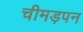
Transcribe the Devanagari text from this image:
चीमड़पन